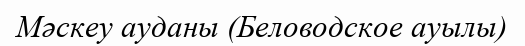
Мәскеу ауданы (Беловодское ауылы)